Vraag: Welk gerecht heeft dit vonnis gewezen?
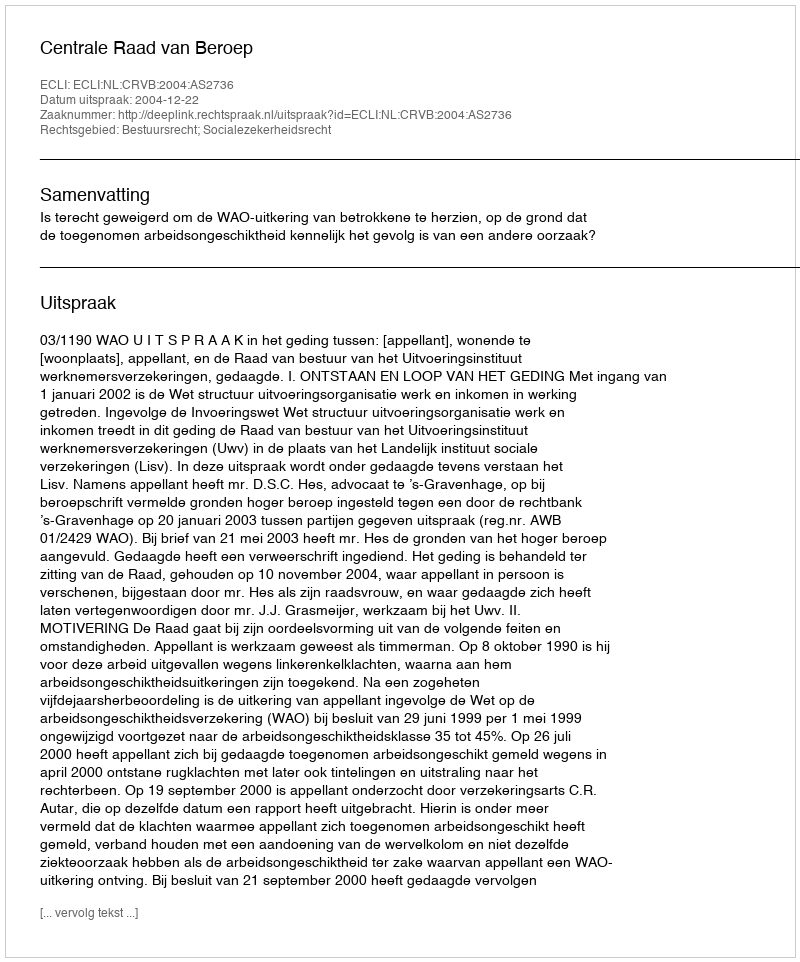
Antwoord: Centrale Raad van Beroep